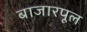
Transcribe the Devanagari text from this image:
बाजारपूल